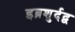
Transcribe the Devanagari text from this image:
इब्नशुर्दद्व